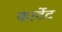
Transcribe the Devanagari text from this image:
कार्टेट